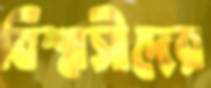
বিশ্বাসীদের